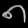
Digit: ၈